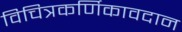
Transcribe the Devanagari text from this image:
विचित्रकर्णिकावदान